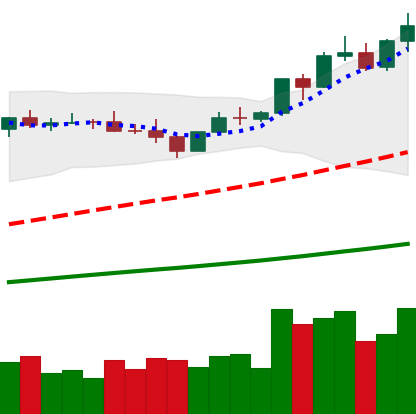
Ticker: BNB-USD
Chart end date: 2021-04-05
Forward return: 28.493%
Label: up_7plus